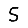
Digit: 5